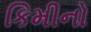
કિમીનો